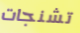
تشنجات